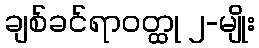
ချစ်ခင်ရာဝတ္ထု ၂-မျိုး